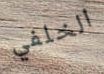
الخلفي